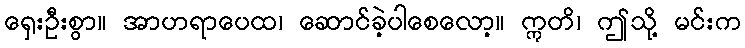
ရှေးဦးစွာ။ အာဟရာပေထ၊ ဆောင်ခဲ့ပါစေလော့။ ဣတိ၊ ဤသို့ မင်းက